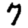
Digit: 7